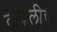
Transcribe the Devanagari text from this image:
वाढलीच